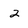
Character: 2